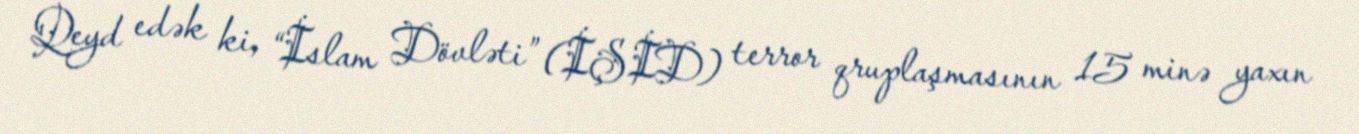
Qeyd edək ki, “İslam Dövləti” (İŞİD) terror qruplaşmasının 15 minə yaxın